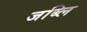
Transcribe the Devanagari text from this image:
जब्लि